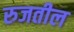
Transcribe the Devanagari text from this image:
रुजतील